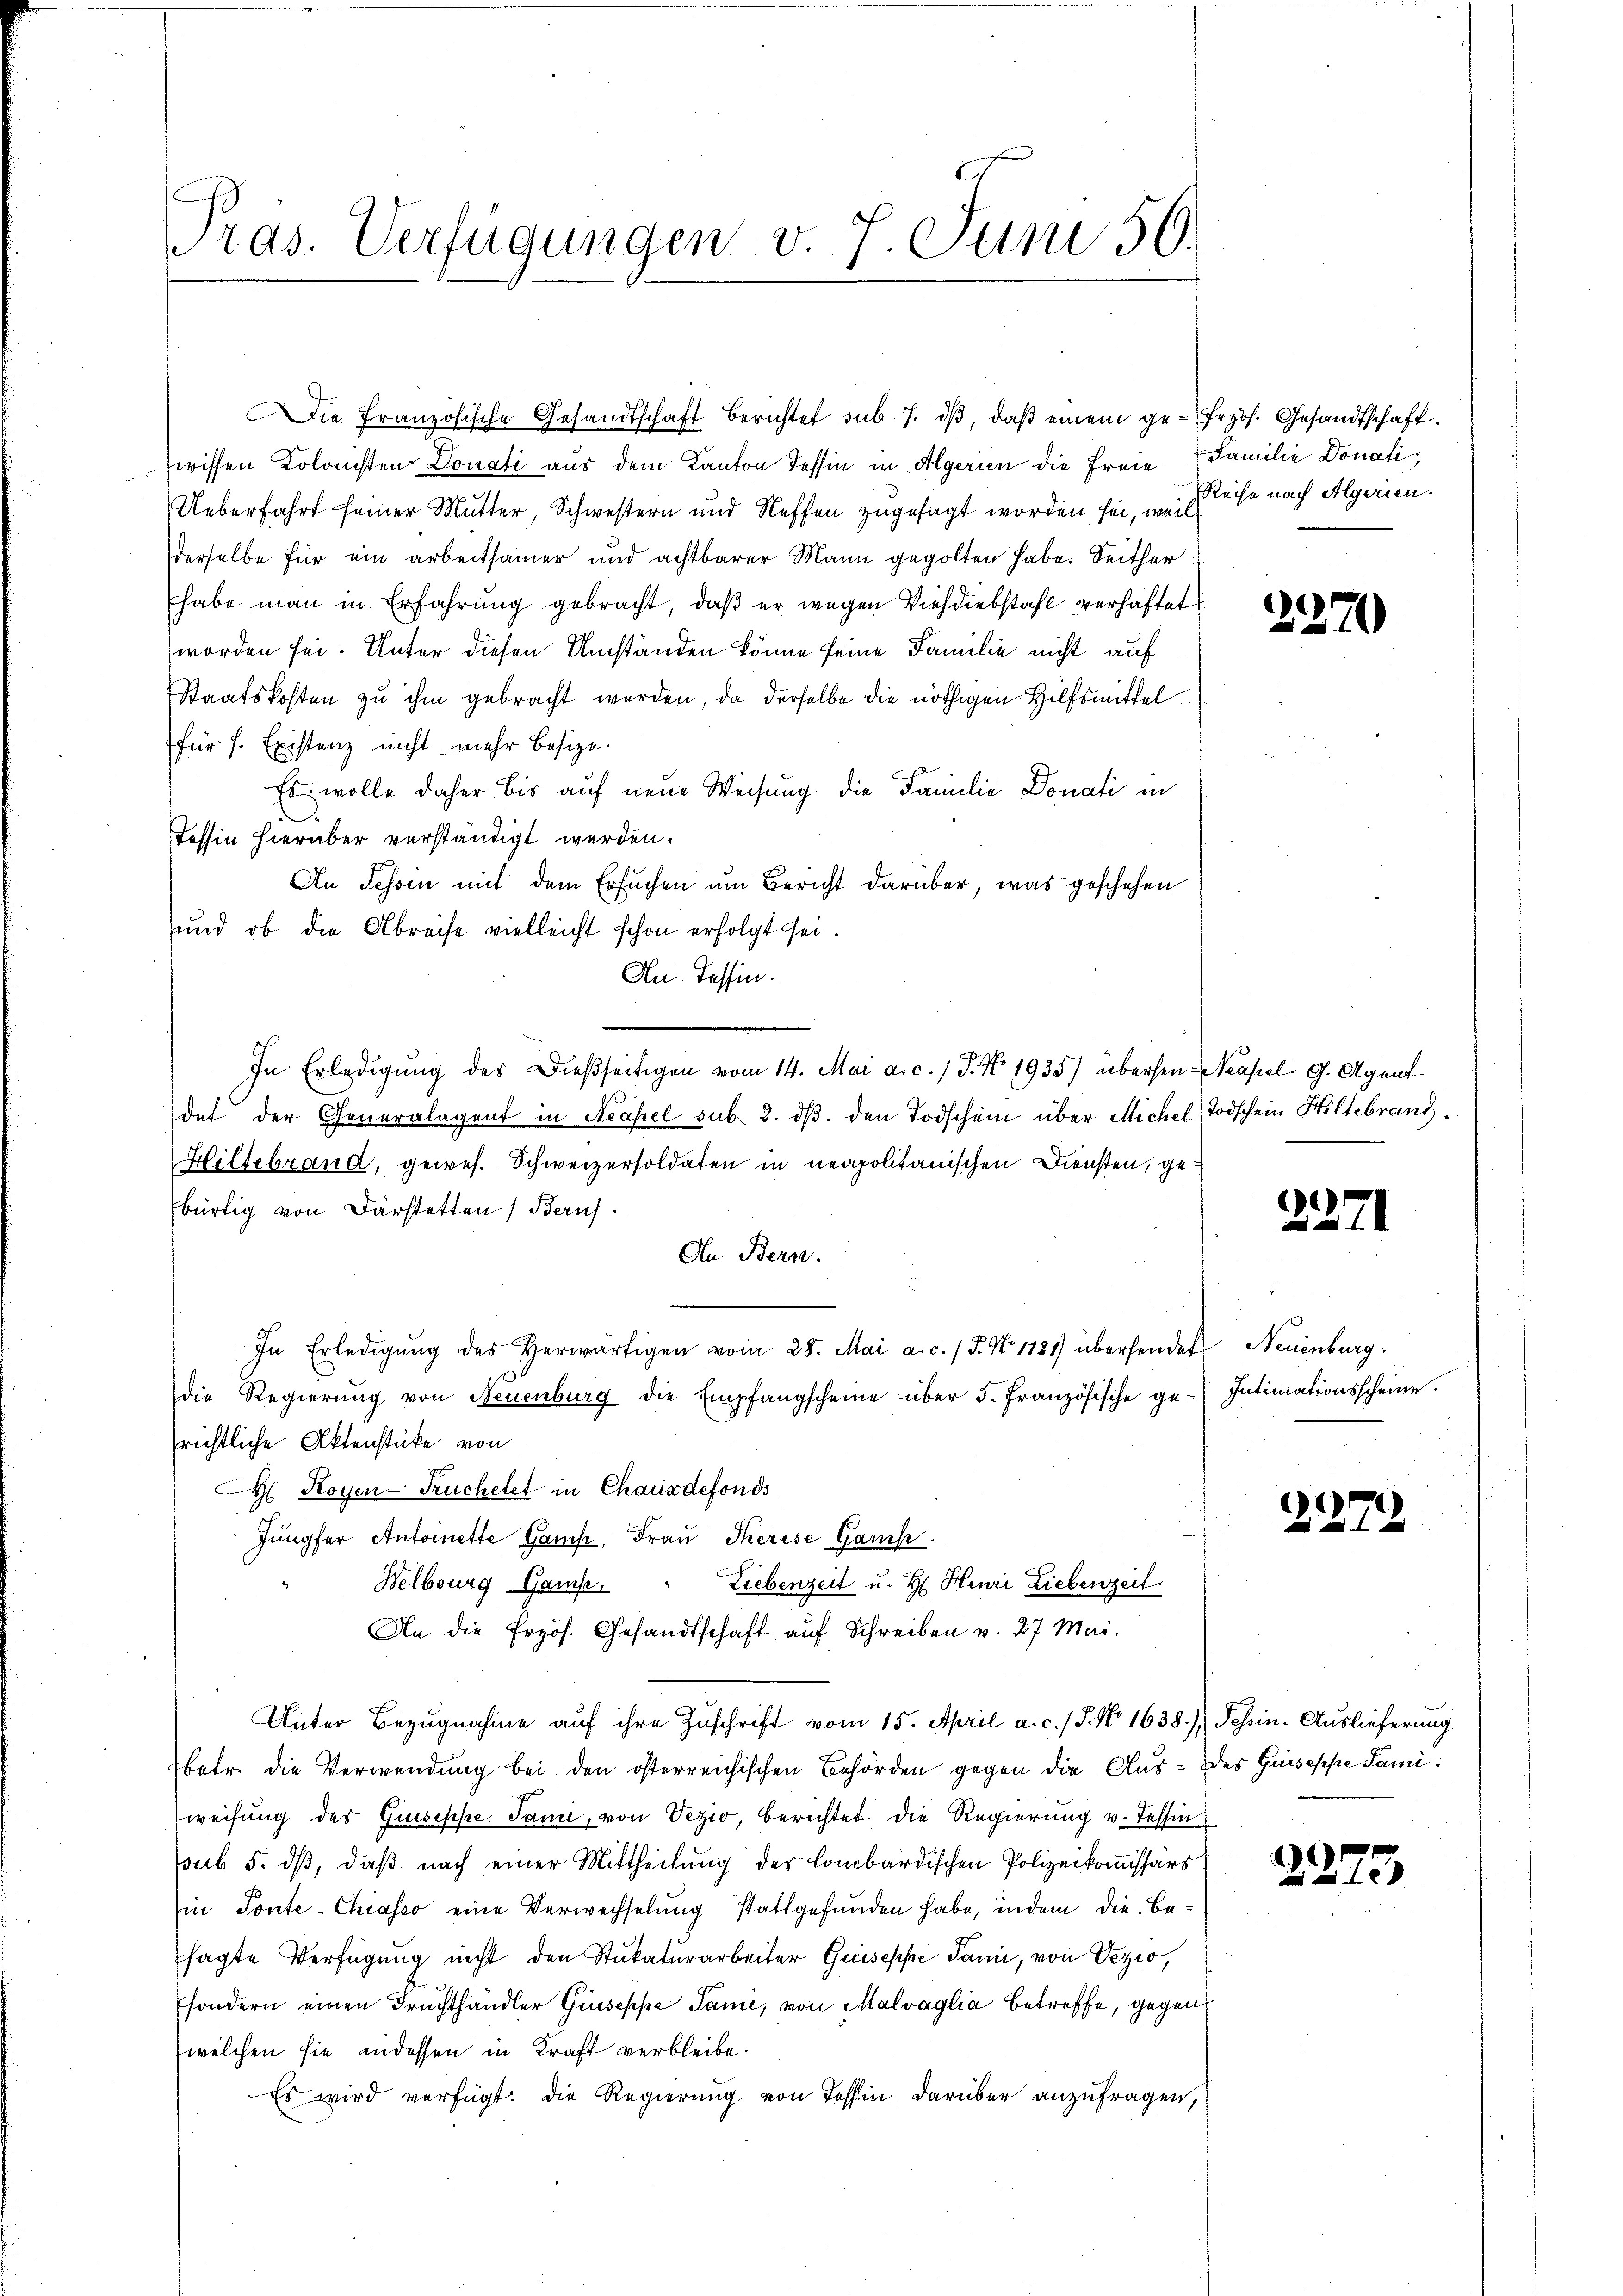
ras. Verfügungen v. 7. Juni 50.

Die Französische Gesandtschaft berichtet sub. 7. dβ, daβ einem ge- frzös. Gesandtschaft

wissen Kolonisten Donati aus dem Kanton Tessin in Algerien die Freie (Familie Donati,
Ueberfahrt seiner Mutter, Schwestern und Neffen zugesagt worden sei, welche nach Algerien.
derselbe für ein arbeitsamer und achtbarer Mann gegolten habe. Seither
habe man in Erfahrung gebracht, daß er wegen Viehdiebstahl verhaftet
worden sei. Unter diesen Umständen könne seine Familie nicht auf
Staatskosten zu ihm gebracht werden, da derselbe die nöthigen Hilfsmittel
für f. Existenz nicht mehr besize.
Es wolle daher bis auf neue Weisung die Familie Donati in
Tessin hierüber verständigt werden.
An Tessin mit dem Ersuchen um Bericht darüber, was geschehen
und ob die Abreise vielleicht schon erfolgt sei.
An. Tessin.
In Erledigung des Dießseitigen vom 14. Mai a. c. 1 P. Nr. 1935) übersen Kapel, G. Agent
det der Generalagent in Neapel sub. 2. dβ. den Todschein über Michel Todschein Hiltebrand.
Hiltebrand, gewes. Schweizersoldaten in neapolitanischen Diensten, gebürtig von Darstetten Beruf
An. Bern.
In Erledigŭng des herwärtigen vom 28. Mai a. c. (T. No 1181) übersendet Neuenburg.
die Regierŭng von Neuenburg die Empfangscheine über 5. Französische ge-Intimationsscheine.
richtliche Aktenstücke von
H Royen-Truchelet in Chaus defonds
Jungfer Antoinette Gams, Frau Therese Gamp
Liebenzeit u. H. Henri Liebenzeit.
Belbourg Gamp,
An die frzös. Gesandtschaft auf Schreiben v. 27 Mai.
Unter Bezugnahme auf ihre Zuschrift vom 15. April a. c. 15. No 1638), Tessin. Auslieferung
betr. die Verwendung bei den österreichischen Behörden gegen die Aus- des Guisesche Famiweisung des Giuseppe Jami, von Vezio, berichtet die Regierung v. Tessin
sub 5. dß, daß nach einer Mittheilung des lombardischen Polizeikommissärs
in Ponte-Chiasso eine Verwechselung stattgefunden habe, indem die Besagte Verfügung nicht den Stukaturarbeiter Guiseppe Janii, von Vezio,
sondern einen Fruchthändler Giuseppe Same, von Malvaglia betreffe, gegen
welchen sie indessen in Kraft verbleibe¬
Es wird verfügt: die Regierung von Tessin darüber anzufragen,

2

22.

22.

2

2275